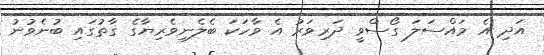
އަދި އެ މައްސަލަ ގޯސްވީ ދަރިވަރު އެ ވާހަކަ ބެލެނިވެރިޔާގެ ގާތުގައި ބުނެވުނު